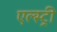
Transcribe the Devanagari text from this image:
एल्स्ट्री